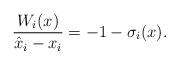
LaTeX: \begin{align*} \frac{W_i(x)}{\hat{x}_i - x_i} = - 1 - \sigma_i(x).\end{align*}